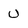
Character: U